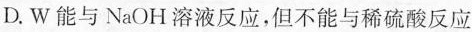
D.W能与NaOH溶液反应，但不能与稀硫酸反应